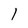
Character: l